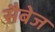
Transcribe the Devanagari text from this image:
सैबेज